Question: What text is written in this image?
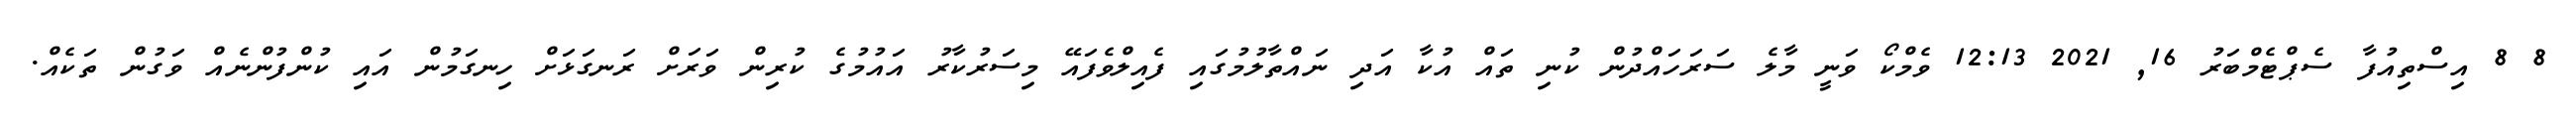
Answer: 8 8 އިސްތިއުފާ ސެޕްޓެމްބަރު 16, 2021 12:13 ވެމްކޯ ވަނީ މާލެ ސަރަހައްދުން ކުނި ތައް އުކާ އަދި ނައްތާލުމުގައި ފެއިލްވެފައޭ މިސަރުކާރު އައުމުގެ ކުރިން ވަރަށް ރަނގަޅަށް ހިނގަމުން އައި ކުންފުންނެއް ވަގުން ތަކެއް.